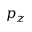
p _ { z }